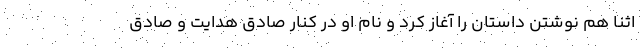
اثنا هم نوشتن داستان را آغاز کرد و نام او در کنار صادق هدایت و صادق